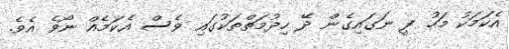
އެކަމަކު މަހު ފީ ނަގައިގެން ދޭ ހިދުމަތްތަކުގައި ވެސް އެކަމެއް ނޯވެ އެވެ.